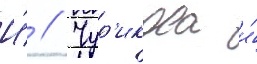
И́ // Чур'икова и́